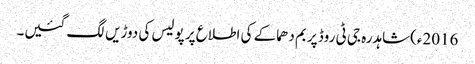
2016ء)شاہدرہ جی ٹی روڈ پر بم دھماکے کی اطلاع پر پولیس کی دوڑیں لگ گئیں۔